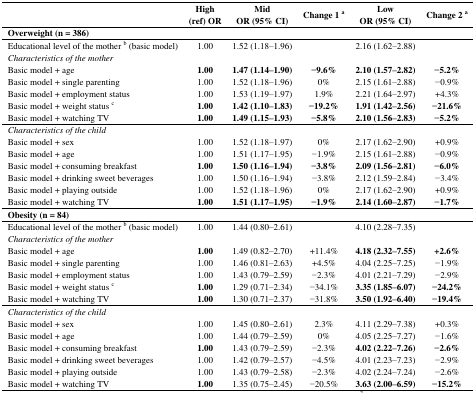
<table><thead><tr><td>[EMPTY_CELL]</td><td><b>High (ref) OR</b></td><td><b>Mid OR (95% CI)</b></td><td><b>Change 1 <sup>a</sup></b></td><td><b>Low OR (95% CI)</b></td><td><b>Change 2 <sup>a</sup></b></td></tr></thead><tbody><tr><td colspan="6"><b>Overweight (n = 386)</b></td></tr><tr><td>Educational level of the mother <sup>b</sup> (basic model)</td><td>1.00</td><td>1.52 (1.18–1.96)</td><td>[EMPTY_CELL]</td><td>2.16 (1.62–2.88)</td><td>[EMPTY_CELL]</td></tr><tr><td><i>Characteristics of the mother</i></td><td>[EMPTY_CELL]</td><td>[EMPTY_CELL]</td><td>[EMPTY_CELL]</td><td>[EMPTY_CELL]</td><td>[EMPTY_CELL]</td></tr><tr><td>Basic model + age</td><td><b>1.00</b></td><td><b>1.47 (1.14–1.90)</b></td><td><b>−9.6%</b></td><td><b>2.10 (1.57–2.82)</b></td><td><b>−5.2%</b></td></tr><tr><td>Basic model + single parenting</td><td>1.00</td><td>1.52 (1.18–1.96)</td><td>0%</td><td>2.15 (1.61–2.88)</td><td>−0.9%</td></tr><tr><td>Basic model + employment status</td><td>1.00</td><td>1.53 (1.19–1.97)</td><td>1.9%</td><td>2.21 (1.64–2.97)</td><td>+4.3%</td></tr><tr><td>Basic model + weight status <sup>c</sup></td><td><b>1.00</b></td><td><b>1.42 (1.10–1.83)</b></td><td><b>−19.2%</b></td><td><b>1.91 (1.42–2.56)</b></td><td><b>−21.6%</b></td></tr><tr><td>Basic model + watching TV </td><td><b>1.00</b></td><td><b>1.49 (1.15–1.93)</b></td><td><b>−5.8% </b></td><td><b>2.10 (1.56–2.83)</b></td><td><b>−5.2%</b></td></tr><tr><td><i>Characteristics of the child</i></td><td>[EMPTY_CELL]</td><td>[EMPTY_CELL]</td><td>[EMPTY_CELL]</td><td>[EMPTY_CELL]</td><td>[EMPTY_CELL]</td></tr><tr><td>Basic model + sex</td><td>1.00</td><td>1.52 (1.18–1.97)</td><td>0%</td><td>2.17 (1.62–2.90)</td><td>+0.9%</td></tr><tr><td>Basic model + age</td><td>1.00</td><td>1.51 (1.17–1.95)</td><td>−1.9% </td><td>2.15 (1.61–2.88)</td><td>−0.9%</td></tr><tr><td>Basic model + consuming breakfast</td><td><b>1.00</b></td><td><b>1.50 (1.16–1.94)</b></td><td><b>−3.8%</b></td><td><b>2.09 (1.56–2.81)</b></td><td><b>−6.0%</b></td></tr><tr><td>Basic model + drinking sweet beverages</td><td>1.00</td><td>1.50 (1.16–1.94)</td><td>−3.8%</td><td>2.12 (1.59–2.84)</td><td>−3.4%</td></tr><tr><td>Basic model + playing outside</td><td>1.00</td><td>1.52 (1.18–1.96)</td><td>0%</td><td>2.17 (1.62–2.90)</td><td>+0.9%</td></tr><tr><td>Basic model + watching TV</td><td><b>1.00</b></td><td><b>1.51 (1.17–1.95)</b></td><td><b>−1.9%</b></td><td><b>2.14 (1.60–2.87)</b></td><td><b>−1.7%</b></td></tr><tr><td colspan="6"><b>Obesity (n = 84)</b></td></tr><tr><td>Educational level of the mother <sup>b</sup> (basic model)</td><td>1.00</td><td>1.44 (0.80–2.61)</td><td>[EMPTY_CELL]</td><td>4.10 (2.28–7.35)</td><td>[EMPTY_CELL]</td></tr><tr><td><i>Characteristics of the mother</i></td><td>[EMPTY_CELL]</td><td>[EMPTY_CELL]</td><td>[EMPTY_CELL]</td><td>[EMPTY_CELL]</td><td>[EMPTY_CELL]</td></tr><tr><td>Basic model + age</td><td><b>1.00</b></td><td>1.49 (0.82–2.70)</td><td>+11.4%</td><td><b>4.18 (2.32–7.55)</b></td><td><b>+2.6%</b></td></tr><tr><td>Basic model + single parenting</td><td>1.00</td><td>1.46 (0.81–2.63)</td><td>+4.5%</td><td>4.04 (2.25–7.25)</td><td>−1.9%</td></tr><tr><td>Basic model + employment status</td><td>1.00</td><td>1.43 (0.79–2.59)</td><td>−2.3% </td><td>4.01 (2.21–7.29)</td><td>−2.9%</td></tr><tr><td>Basic model + weight status <sup>c</sup></td><td><b>1.00</b></td><td>1.29 (0.71–2.34)</td><td>−34.1%</td><td><b>3.35 (1.85–6.07)</b></td><td><b>−24.2%</b></td></tr><tr><td>Basic model + watching TV</td><td><b>1.00</b></td><td>1.30 (0.71–2.37)</td><td>−31.8% </td><td><b>3.50 (1.92–6.40)</b></td><td><b>−19.4%</b></td></tr><tr><td><i>Characteristics of the child</i></td><td>[EMPTY_CELL]</td><td>[EMPTY_CELL]</td><td>[EMPTY_CELL]</td><td>[EMPTY_CELL]</td><td>[EMPTY_CELL]</td></tr><tr><td>Basic model + sex</td><td>1.00</td><td>1.45 (0.80–2.61)</td><td>2.3%</td><td>4.11 (2.29–7.38)</td><td>+0.3%</td></tr><tr><td>Basic model + age</td><td>1.00</td><td>1.44 (0.79–2.59)</td><td>0% </td><td>4.05 (2.25–7.27)</td><td>−1.6%</td></tr><tr><td>Basic model + consuming breakfast</td><td><b>1.00</b></td><td>1.43 (0.79–2.59)</td><td>−2.3%</td><td><b>4.02 (2.22–7.26)</b></td><td><b>−2.6%</b></td></tr><tr><td>Basic model + drinking sweet beverages</td><td>1.00</td><td>1.42 (0.79–2.57)</td><td>−4.5%</td><td>4.01 (2.23–7.23)</td><td>−2.9%</td></tr><tr><td>Basic model + playing outside</td><td>1.00</td><td>1.43 (0.79–2.58)</td><td>−2.3%</td><td>4.02 (2.24–7.24)</td><td>−2.6%</td></tr><tr><td>Basic model + watching TV</td><td><b>1.00</b></td><td>1.35 (0.75–2.45)</td><td>−20.5%</td><td><b>3.63 (2.00–6.59)</b></td><td><b>−15.2%</b></td></tr></tbody></table>